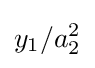
y_{1}/a_{2}^{2}